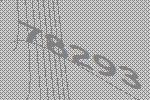
78293